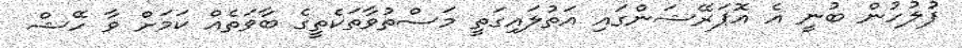
ފުލުހުން ބުނީ އެ އޮޕަރޭޝަންގައި އަތުލައިގަތީ މަސްތުވާތަކެތީގެ ބާވަތެއް ކަމަށް ވާ ހޭޝް